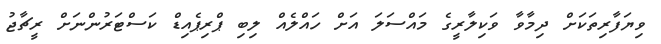
ވިޔަފާރިތަކަށް ދިމާވާ ވަކިލާރީގެ މައްސަލަ އަށް ހައްލެއް ލިބި ޕްރިޕެއިޑް ކަސްޓަަރުންނަށް ރީޗާޖު